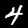
Digit: 4